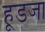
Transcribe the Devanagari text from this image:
हूडजा